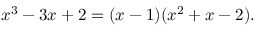
x ^ { 3 } - 3 x + 2 = ( x - 1 ) ( x ^ { 2 } + x - 2 ) .